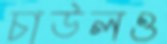
চাউলও